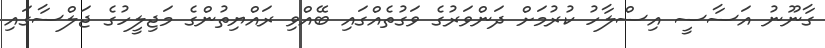
ގާނޫނު އަސާސީ އިސްލާހު ކުރުމަށް ދަންވަރުގެ ވަގުތެއްގައި ބޭއްވި ރައްޔިތުންގެ މަޖިލީހުގެ ޖަލްސާގައި